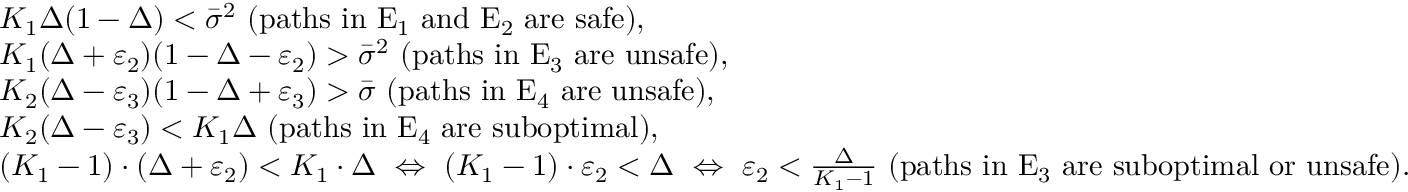
\begin{array} { r l } & { K _ { 1 } \Delta ( 1 - \Delta ) < \bar { \sigma } ^ { 2 } \mathrm { ~ ( p a t h s ~ i n ~ E _ 1 ~ a n d ~ E _ 2 ~ a r e ~ s a f e ) } , } \\ & { K _ { 1 } ( \Delta + \varepsilon _ { 2 } ) ( 1 - \Delta - \varepsilon _ { 2 } ) > \bar { \sigma } ^ { 2 } \mathrm { ~ ( p a t h s ~ i n ~ E _ 3 ~ a r e ~ u n s a f e ) } , } \\ & { K _ { 2 } ( \Delta - \varepsilon _ { 3 } ) ( 1 - \Delta + \varepsilon _ { 3 } ) > \bar { \sigma } \mathrm { ~ ( p a t h s ~ i n ~ E _ 4 ~ a r e ~ u n s a f e ) } , } \\ & { K _ { 2 } ( \Delta - \varepsilon _ { 3 } ) < K _ { 1 } \Delta \mathrm { ~ ( p a t h s ~ i n ~ E _ 4 ~ a r e ~ s u b o p t i m a l ) } , } \\ & { ( K _ { 1 } - 1 ) \cdot ( \Delta + \varepsilon _ { 2 } ) < K _ { 1 } \cdot \Delta ~ \Leftrightarrow ~ ( K _ { 1 } - 1 ) \cdot \varepsilon _ { 2 } < \Delta ~ \Leftrightarrow ~ \varepsilon _ { 2 } < \frac { \Delta } { K _ { 1 } - 1 } \mathrm { ~ ( p a t h s ~ i n ~ E _ 3 ~ a r e ~ s u b o p t i m a l ~ o r ~ u n s a f e ) } . } \end{array}